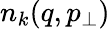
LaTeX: n_{k}(q,p_{\bot})